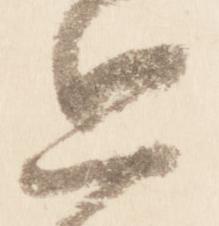
思